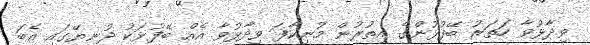
ވިދާޅުވާ ހަތަރު ބޭފުޅުންގެ އިތުރުން މުނިކާފަ ވިދާޅުވާ އެއް ބޭފުޅަކު ދުނިޔޭގައި އެބަ